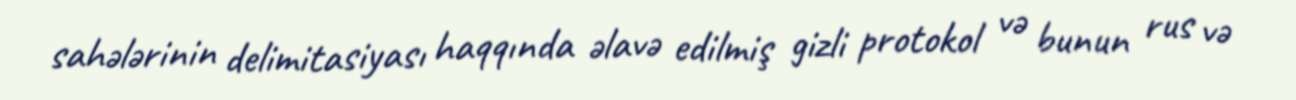
sahələrinin delimitasiyası haqqında əlavə edilmiş gizli protokol və bunun rus və